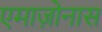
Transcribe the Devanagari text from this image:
एमाज़ोनास